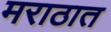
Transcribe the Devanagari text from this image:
मराठात